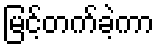
မြင့်တက်ခဲ့ကာ